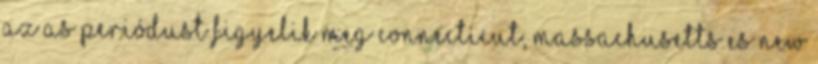
Az as periódust figyelik meg Connecticut, Massachusetts es New